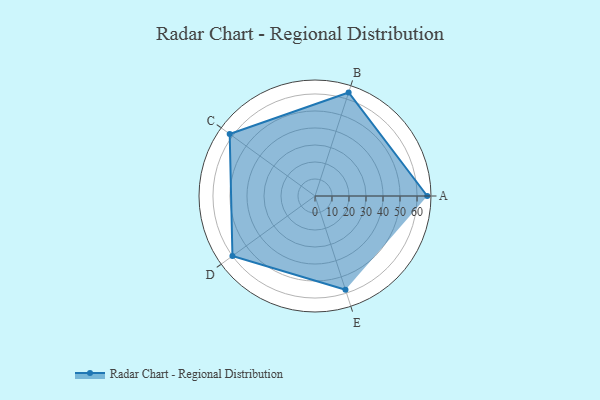
{"axis": {"x": "Skill", "y": "Score"}, "legend": ["Profile"], "data": [{"x": "A", "y": 66.0, "type": "Profile"}, {"x": "B", "y": 64.0, "type": "Profile"}, {"x": "C", "y": 62.0, "type": "Profile"}, {"x": "D", "y": 60.0, "type": "Profile"}, {"x": "E", "y": 58.0, "type": "Profile"}]}